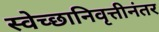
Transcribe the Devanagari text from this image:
स्वेच्छानिवृत्तीनंतर